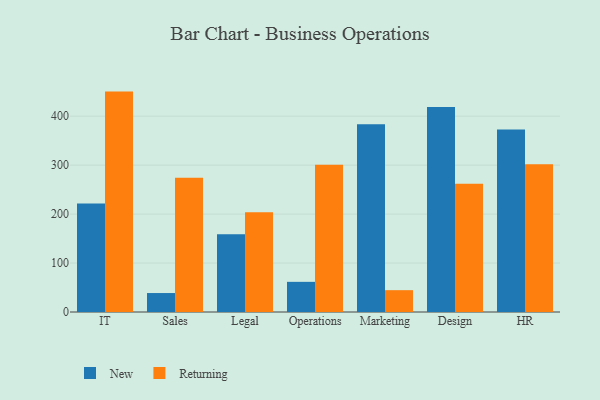
{"axis": {"x": "Department", "y": "LTV (USD)"}, "legend": ["New", "Returning"], "data": [{"x": "IT", "y": 221.7, "type": "New"}, {"x": "IT", "y": 450.2, "type": "Returning"}, {"x": "Sales", "y": 38.7, "type": "New"}, {"x": "Sales", "y": 274.1, "type": "Returning"}, {"x": "Legal", "y": 158.9, "type": "New"}, {"x": "Legal", "y": 203.8, "type": "Returning"}, {"x": "Operations", "y": 61.6, "type": "New"}, {"x": "Operations", "y": 301.0, "type": "Returning"}, {"x": "Marketing", "y": 383.7, "type": "New"}, {"x": "Marketing", "y": 44.6, "type": "Returning"}, {"x": "Design", "y": 418.6, "type": "New"}, {"x": "Design", "y": 262.0, "type": "Returning"}, {"x": "HR", "y": 372.7, "type": "New"}, {"x": "HR", "y": 302.0, "type": "Returning"}]}